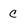
Character: C